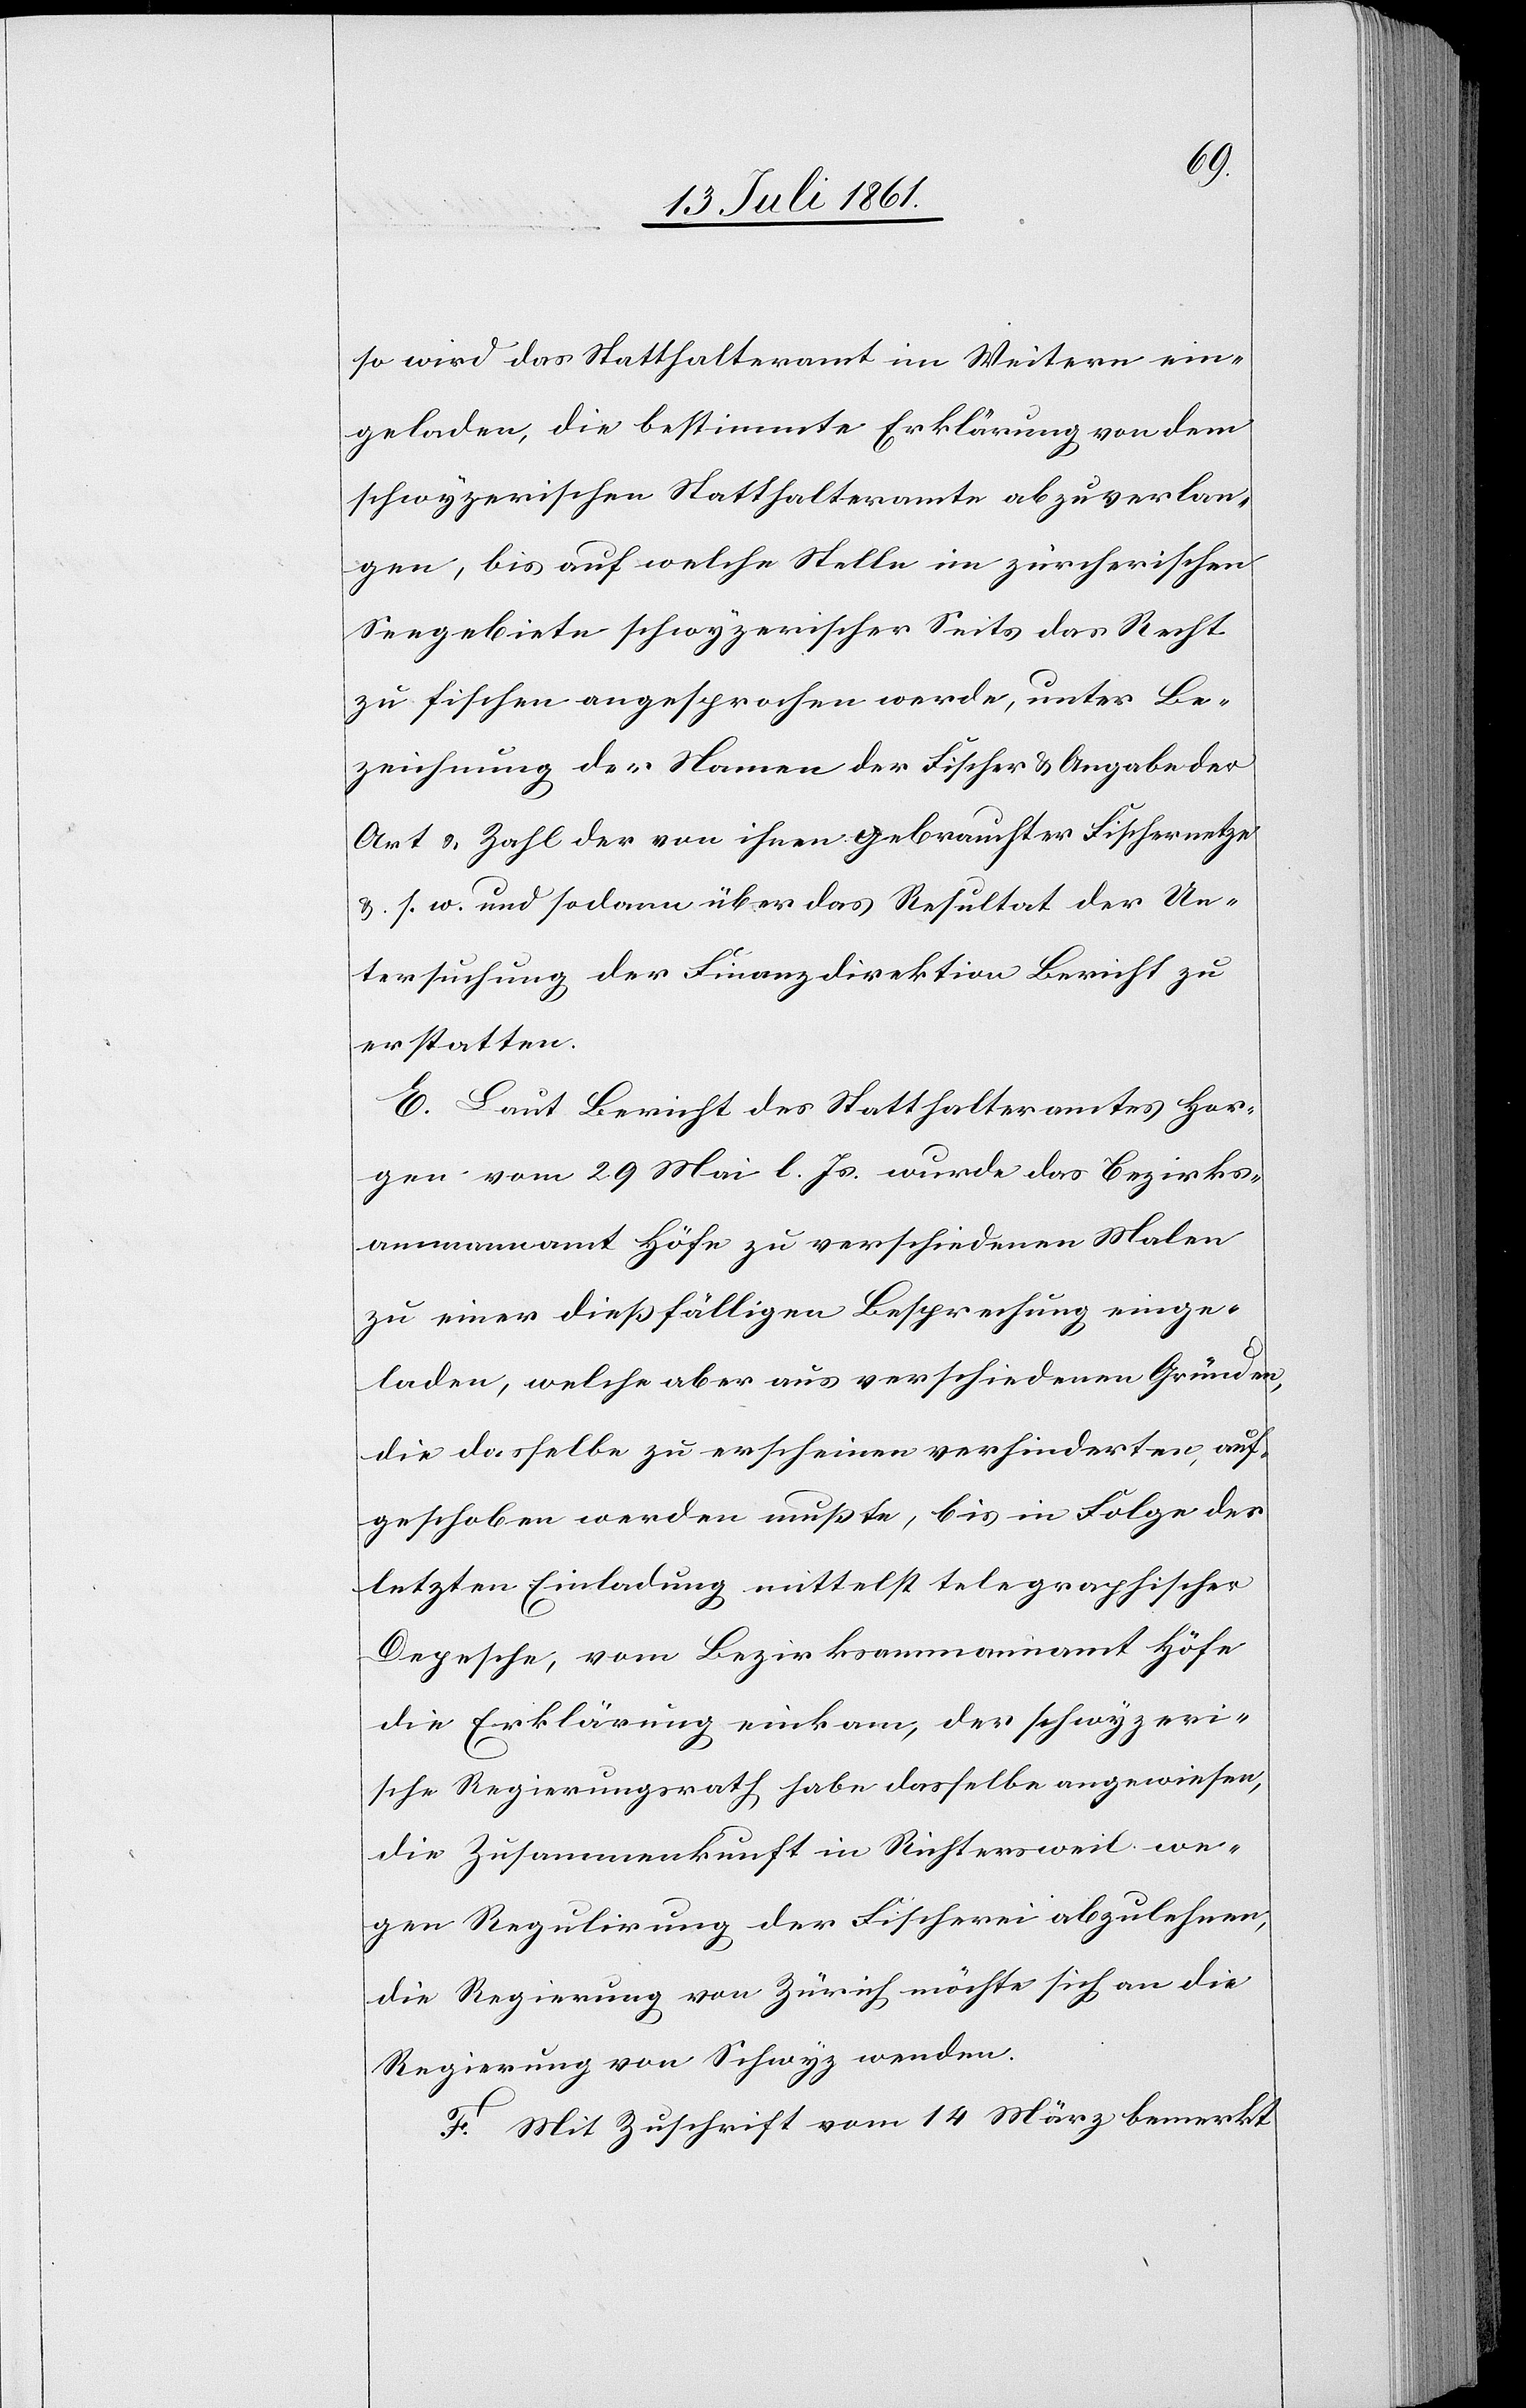
so wird das Statthalteramt im Weitern ein¬
geladen, die bestimmte Erklärung von dem
schwyzerischen Statthalteramte abzuverlan¬
gen, bis auf welche Stelle im zürcherischen
Seegebiete schwyzerischer Seits das Recht
zu fischen angesprochen werde, unter Be¬
zeichnung der Namen der Fischer u. Angabe der
Art. u. Zahl der von ihnen gebrauchten Fischernetze
u. s. w. und sodann über das Resultat der Un¬
tersuchung der Finanzdirektion Bericht zu
erstatten.
E. Laut Bericht des Statthalteramtes Hor¬
gen vom 29 Mai l. Js. wurde das Bezirks¬
ammannamt Höfe zu verschiedenen Malen
zu einer dießfälligen Besprechung einge¬
laden, welche aber aus verschiedenen Gründen,
die dasselbe zu erscheinen verhinderten, auf¬
geschoben werden mußte, bis in Folge der
letzten Einladung mittelst telegraphischer
Depesche, vom Bezirksammannamt Höfe
die Erklärung einkam, der schwyzeri¬
sche Regierungsrath habe dasselbe angewiesen,
die Zusammenkunft in Richtersweil we¬
gen Regulirung der Fischerei abzulehnen,
die Regierung von Zürich möchte sich an die
Regierung von Schwyz wenden.
F. Mit Zuschrift vom 14 März bemerkt